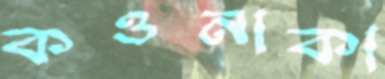
কওনাকা